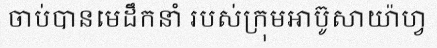
ចាប់បានមេដឹកនាំ របស់ក្រុមអាប៊ូសាយ៉ាហ្វ